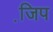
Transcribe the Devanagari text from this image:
जि़प